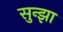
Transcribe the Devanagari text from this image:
सुन्झा